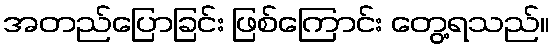
အတည်ပြောခြင်း ဖြစ်ကြောင်း တွေ့ရသည်။